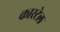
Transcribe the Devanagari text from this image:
कारटेल